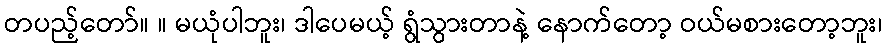
တပည့်တော်။ ။ မယုံပါဘူး၊ ဒါပေမယ့် ရွံသွားတာနဲ့ နောက်တော့ ဝယ်မစားတော့ဘူး၊